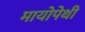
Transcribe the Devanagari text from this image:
मायोपेथी